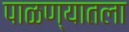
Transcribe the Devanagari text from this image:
पाळण्यातला